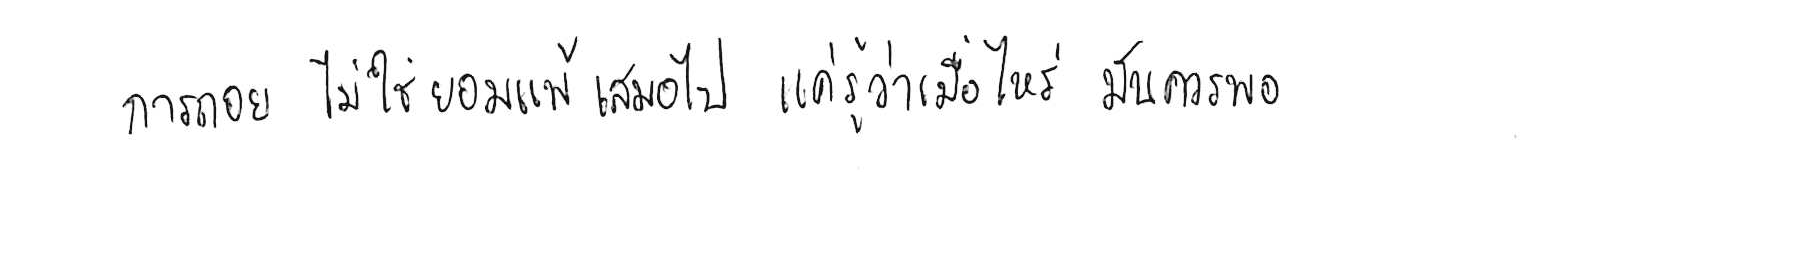
การถอย ไม่ใช่ยอมแพ้ เสมอไป แค่รู้ว่าเมื่อไหร่ มันควรพอ